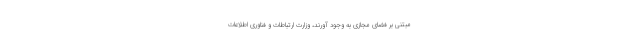
مبتنی بر فضای مجازی به وجود آورند، وزارت ارتباطات و فناوری اطلاعات